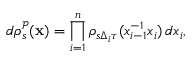
d \rho _ { s } ^ { \mathcal { P } } ( \mathbf { x } ) = \prod _ { i = 1 } ^ { n } \rho _ { s \Delta _ { i } \tau } ( x _ { i - 1 } ^ { - 1 } x _ { i } ) \, d x _ { i } ,